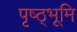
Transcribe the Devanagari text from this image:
पृष्ठ्भूमि